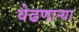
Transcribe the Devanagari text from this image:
वेढणार्‍या